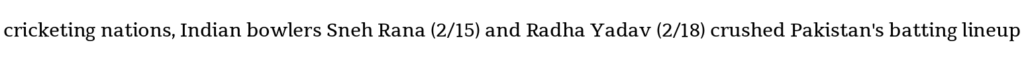
cricketing nations, Indian bowlers Sneh Rana (2/15) and Radha Yadav (2/18) crushed Pakistan's batting lineup